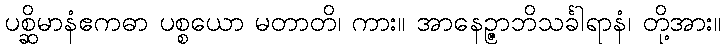
ပစ္ဆိမာနံဧကဓာ ပစ္စယော မတာတိ၊ ကား။ အာနေဉ္ဇာဘိသင်္ခါရာနံ၊ တို့အား။